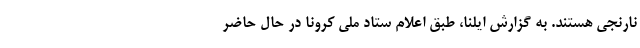
نارنجی هستند. به گزارش ایلنا، طبق اعلام ستاد ملی کرونا در حال حاضر